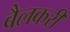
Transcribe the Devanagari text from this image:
बैलकरी